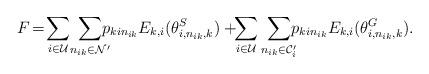
LaTeX: \begin{align*}\small\!F\!=\!\sum\limits_{i \in \mathcal{U}}\!\sum\limits_{n_{ik} \in \mathcal{N}'}\!\! {{\!\!p_{kin_{ik}}}} E_{k,i}(\theta _{i,n_{ik},k}^S)+\! \!\sum\limits_{i \in \mathcal{U}}\sum\limits_{n_{ik} \in {{\mathcal{C}'_i}}} \!\!{{\!p_{kin_{ik}}}} E_{k,i}(\theta _{i,n_{ik},k}^G).\end{align*}